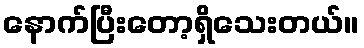
နောက်ပြီးတော့ရှိသေးတယ်။